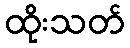
ထိုးသတ်